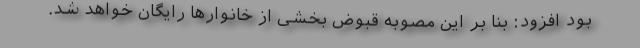
بود افزود: بنا بر این مصوبه قبوض بخشی از خانوارها رایگان خواهد شد.